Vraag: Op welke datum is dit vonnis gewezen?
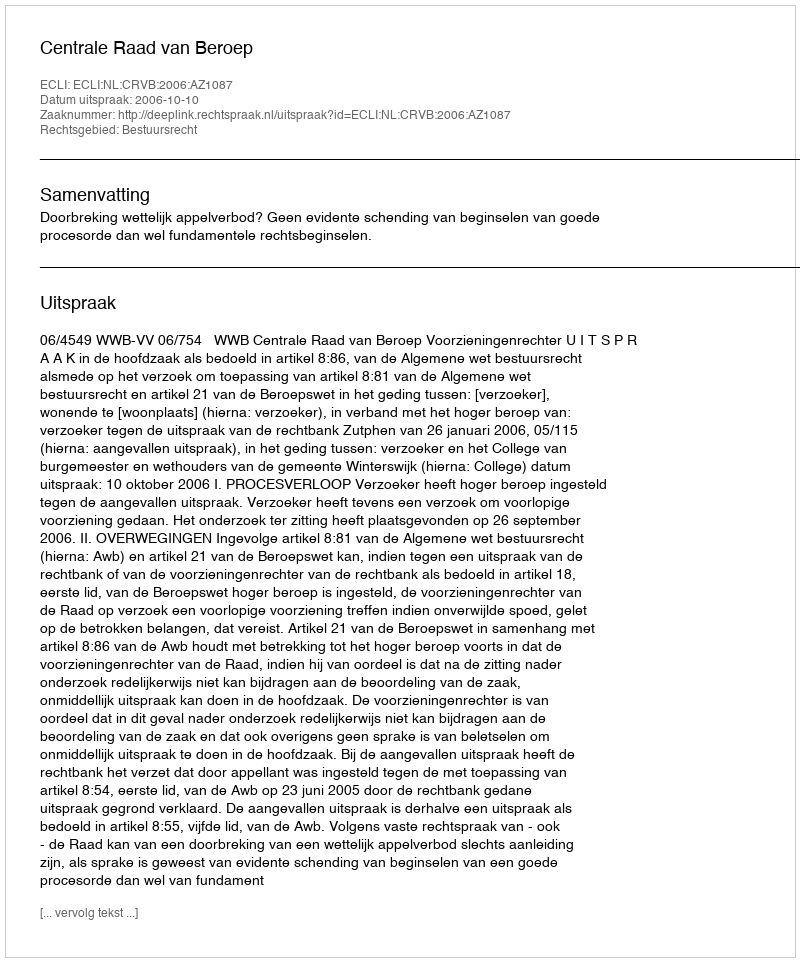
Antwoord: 2006-10-10